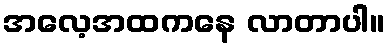
အလေ့အထကနေ လာတာပါ။